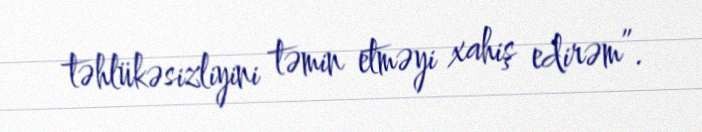
təhlükəsizliyini təmin etməyi xahiş edirəm”.